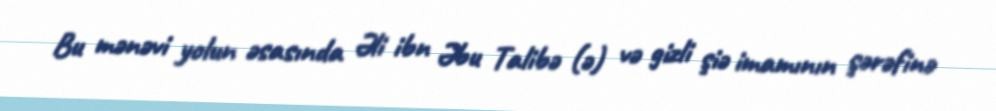
Bu mənəvi yolun əsasında Əli ibn Əbu Talibə (ə) və gizli şiə imamının şərəfinə